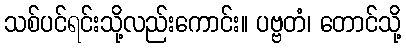
သစ်ပင်ရင်းသို့လည်းကောင်း။ ပဗ္ဗတံ၊ တောင်သို့